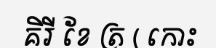
គិរី ខែ ត្រ ( កោះ